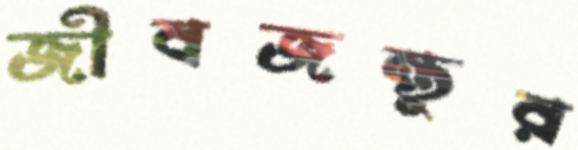
জীবজন্তুর